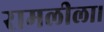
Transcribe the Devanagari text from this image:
रामलीला।